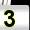
Digit: 3